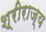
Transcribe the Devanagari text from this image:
श्रीराज्य